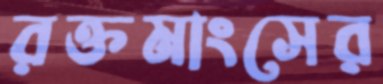
রক্তমাংসের